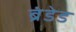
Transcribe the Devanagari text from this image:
ब्रंडेड